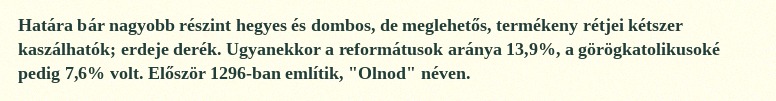
Határa bár nagyobb részint hegyes és dombos, de meglehetős, termékeny rétjei kétszer kaszálhatók; erdeje derék. Ugyanekkor a reformátusok aránya 13,9%, a görögkatolikusoké pedig 7,6% volt. Először 1296-ban említik, "Olnod" néven.